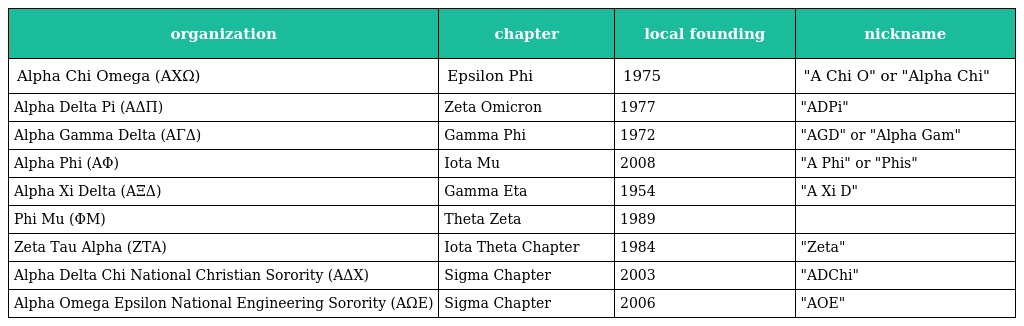
| organization | chapter | local founding | nickname |
 | --- | --- | --- | --- |
 | Alpha Chi Omega (ΑΧΩ) | Epsilon Phi | 1975 | "A Chi O" or "Alpha Chi" |
 | Alpha Delta Pi (ΑΔΠ) | Zeta Omicron | 1977 | "ADPi" |
 | Alpha Gamma Delta (ΑΓΔ) | Gamma Phi | 1972 | "AGD" or "Alpha Gam" |
 | Alpha Phi (ΑΦ) | Iota Mu | 2008 | "A Phi" or "Phis" |
 | Alpha Xi Delta (ΑΞΔ) | Gamma Eta | 1954 | "A Xi D" |
 | Phi Mu (ΦΜ) | Theta Zeta | 1989 |  |
 | Zeta Tau Alpha (ΖΤΑ) | Iota Theta Chapter | 1984 | "Zeta" |
 | Alpha Delta Chi National Christian Sorority (ΑΔΧ) | Sigma Chapter | 2003 | "ADChi" |
 | Alpha Omega Epsilon National Engineering Sorority (ΑΩΕ) | Sigma Chapter | 2006 | "AOE" |